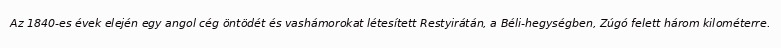
Az 1840-es évek elején egy angol cég öntödét és vashámorokat létesített Restyirátán, a Béli-hegységben, Zúgó felett három kilométerre.